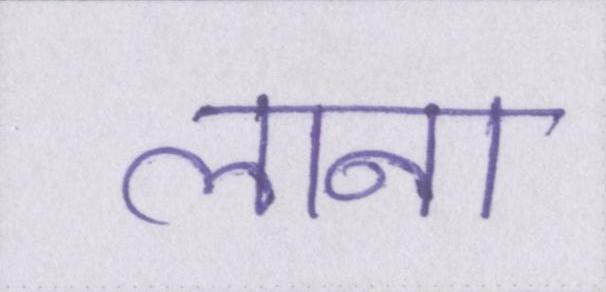
लाना